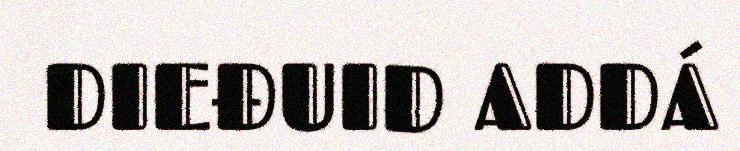
DIEĐUID ADDÁ